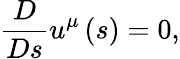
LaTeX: \frac{D}{Ds}u^{\mu}\left(s\right)=0,